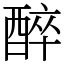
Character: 醉